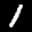
Label: 1